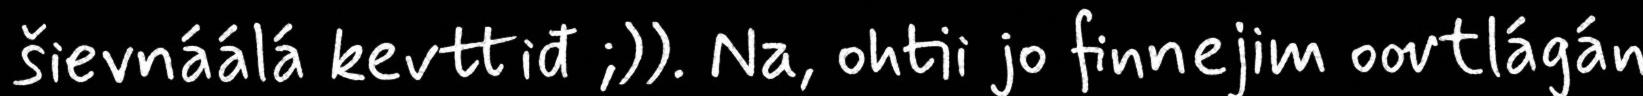
šievnáálá kevttiđ ;)). Na, ohtii jo finnejim oovtlágán